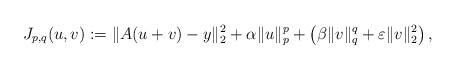
LaTeX: \begin{align*}J_{p,q}(u,v) : = \| A(u+v)-y \|^2_{2} + \alpha \| u\|_{p}^{p} + \left (\beta \| v\|_{q}^{q} + \varepsilon \| v\|_{2}^2 \right ),\end{align*}